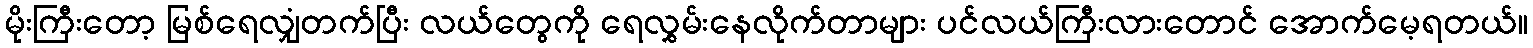
မိုးကြီးတော့ မြစ်ရေလျှံတက်ပြီး လယ်တွေကို ရေလွှမ်းနေလိုက်တာများ ပင်လယ်ကြီးလားတောင် အောက်မေ့ရတယ်။